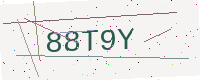
Text: 88T9Y